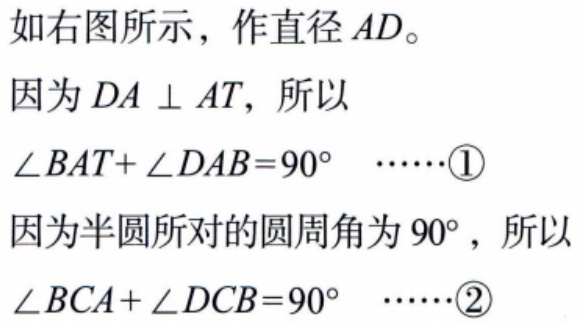
如右图所示，作直径 \(AD\)。
因为 \(DA \perp AT\)，所以
\(\angle BAT+\angle DAB = 90^{\circ}\)  \(\cdots\cdots\)\textcircled{1}
因为半圆所对的圆周角为 \(90^{\circ}\)，所以
\(\angle BCA+\angle DCB = 90^{\circ}\)  \(\cdots\cdots\)\textcircled{2}